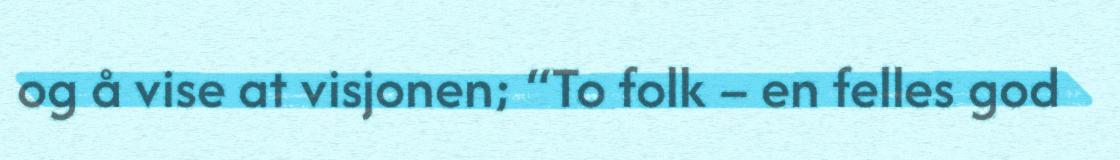
og å vise at visjonen; “To folk – en felles god